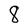
Character: 8